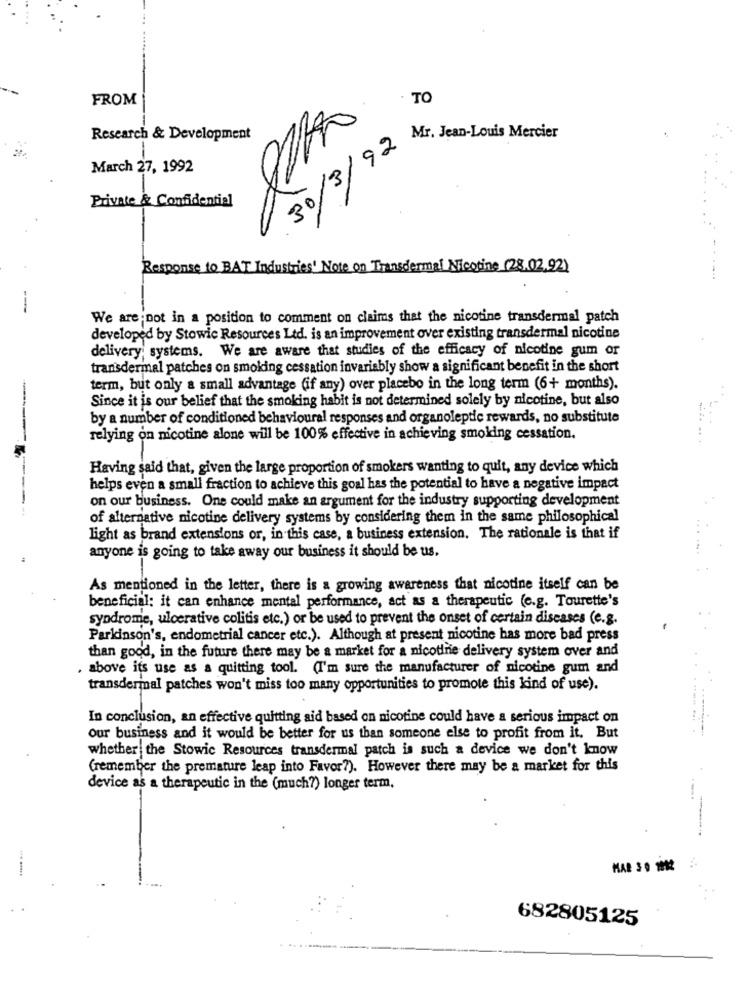
FROM
. TO
Research & Development
Mr. Jean-Louis Mercier
30/3/92
March 27, 1992
Private & Confidential
Response to B
Industries' Note on Transdermal Nicotine (28.02.92)
---
We are not in a position to comment on claims that the nicotine transdermal patch
developed by Stowic Resources Ltd. is an improvement over existing transdermal nicotine
delivery; systems. We are aware that studies of the efficacy of nicotine gum or
transdermal patches on smoking cessation invariably show a significant benefit in the short
term, but only a small advantage (if any) over placebo in the long term (6+ months).
Since it is our belief that the smoking habit is not determined solely by nicotine, but also
by a number of conditioned behavioural responses and organoleptic rewards, no substitute
relying on nicotine alone will be 100% effective in achieving smoking cessation.
Having said that, given the large proportion of smokers wanting to quit, any device which
helps even a small fraction to achieve this goal has the potential to have a negative impact
on our business. One could make an argument for the industry supporting development
of alternative nicotine delivery systems by considering them in the same philosophical
light as brand extensions or, in this case, a business extension. The rationale is that if
anyone is going to take away our business it should be us.
As mentioned in the letter, there is a growing awareness that nicotine itself can be
beneficial: it can enhance mental performance, act as a therapeutic (e.g. Tourette's
syndrome, ulcerative colitis etc.) or be used to prevent the onset of certain diseases (e.g.
Parkinson's, endometrial cancer etc.). Although at present nicotine has more bad press
than good, in the future there may be a market for a nicotine delivery system over and
. above its use as a quitting tool. (I'm sure the manufacturer of nicotine gum and
transdermal patches won't miss too many opportunities to promote this kind of use).
In conclusion, an effective quitting aid based on nicotine could have a serious impact on
.. .......
our business and it would be better for us than someone else to profit from it. But
whether the Stowic Resources transdermal patch is such a device we don't know
(remember the premature leap into Favor?). However there may be a market for this
device as a therapeutic in the (much?) longer term,
682805125